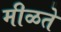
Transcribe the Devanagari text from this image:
मीळते